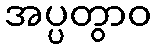
အပ္ပတွာဝ